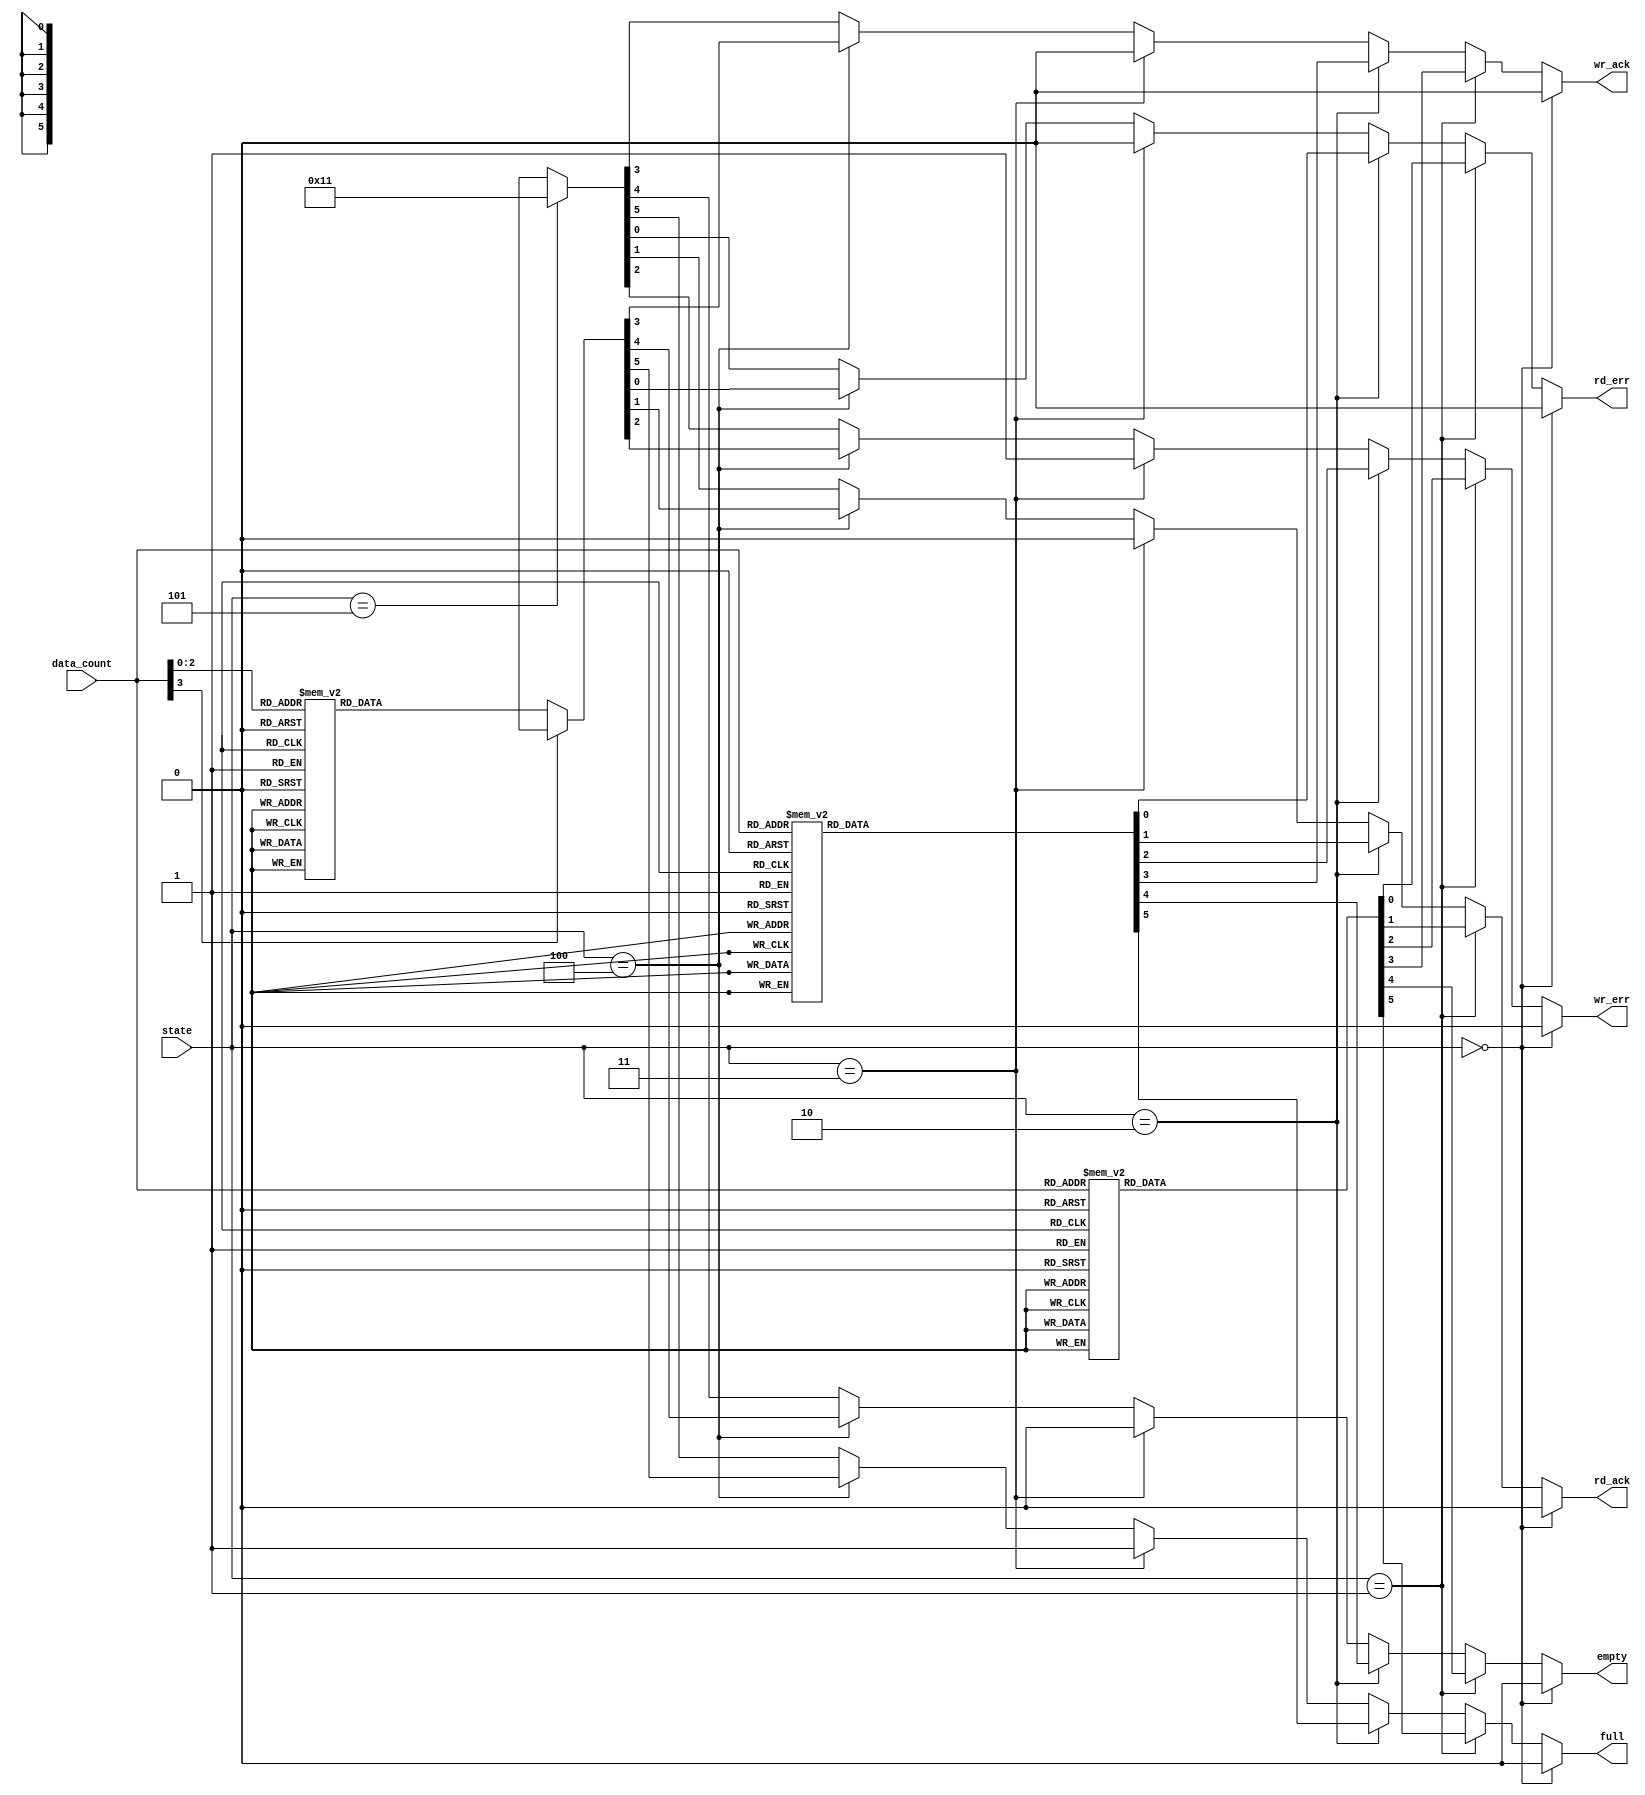
module fifo_out(state, data_count, full, empty, wr_ack, wr_err, rd_ack, rd_err);
	input[2:0] state;
	input[3:0] data_count;
	output reg full, empty, wr_ack, wr_err, rd_ack, rd_err;
	
	parameter INIT = 3'b000;
	parameter NO_OP = 3'b001;
	parameter WRITE = 3'b010;
	parameter WR_ERR = 3'b011;
	parameter READ = 3'b100;
	parameter RD_ERR = 3'b101;
	
	always @ (state, data_count)
		begin
			if (state == INIT) {full, empty, wr_ack, wr_err, rd_ack, rd_err} = 6'b0_0_0_0_0_0;
			//when state was INIT(NONE)
			
			else if (state == NO_OP)
				case (data_count)
					(4'b0000) : {full, empty, wr_ack, wr_err, rd_ack, rd_err} = 6'b0_1_0_0_0_0;
					(4'b0001) : {full, empty, wr_ack, wr_err, rd_ack, rd_err} = 6'b0_0_0_0_0_0;
					(4'b0010) : {full, empty, wr_ack, wr_err, rd_ack, rd_err} = 6'b0_0_0_0_0_0;
					(4'b0011) : {full, empty, wr_ack, wr_err, rd_ack, rd_err} = 6'b0_0_0_0_0_0;
					(4'b0100) : {full, empty, wr_ack, wr_err, rd_ack, rd_err} = 6'b0_0_0_0_0_0;
					(4'b0101) : {full, empty, wr_ack, wr_err, rd_ack, rd_err} = 6'b0_0_0_0_0_0;
					(4'b0110) : {full, empty, wr_ack, wr_err, rd_ack, rd_err} = 6'b0_0_0_0_0_0;
					(4'b0111) : {full, empty, wr_ack, wr_err, rd_ack, rd_err} = 6'b0_0_0_0_0_0;
					(4'b1000) : {full, empty, wr_ack, wr_err, rd_ack, rd_err} = 6'b1_0_0_0_0_0;
					default : {full, empty, wr_ack, wr_err, rd_ack, rd_err} = 6'bx_x_x_x_x_x;
				endcase 
			//when state was NO_OP(NONE)
			
			else if (state == WRITE)
				case (data_count)
					(4'b0001) : {full, empty, wr_ack, wr_err, rd_ack, rd_err} = 6'b0_0_1_0_0_0;
					(4'b0010) : {full, empty, wr_ack, wr_err, rd_ack, rd_err} = 6'b0_0_1_0_0_0;
					(4'b0011) : {full, empty, wr_ack, wr_err, rd_ack, rd_err} = 6'b0_0_1_0_0_0;
					(4'b0100) : {full, empty, wr_ack, wr_err, rd_ack, rd_err} = 6'b0_0_1_0_0_0;
					(4'b0101) : {full, empty, wr_ack, wr_err, rd_ack, rd_err} = 6'b0_0_1_0_0_0;
					(4'b0110) : {full, empty, wr_ack, wr_err, rd_ack, rd_err} = 6'b0_0_1_0_0_0;
					(4'b0111) : {full, empty, wr_ack, wr_err, rd_ack, rd_err} = 6'b0_0_1_0_0_0;
					(4'b1000) : {full, empty, wr_ack, wr_err, rd_ack, rd_err} = 6'b1_0_1_0_0_0;
					default : {full, empty, wr_ack, wr_err, rd_ack, rd_err} = 6'bx_x_x_x_x_x;
				endcase
			//when state was WRITE
		
			else if (state == WR_ERR) {full, empty, wr_ack, wr_err, rd_ack, rd_err} = 6'b1_0_0_1_0_0;
			//when state was WR_ERR
			
			else if (state == READ)
				case (data_count)
					(4'b0000) : {full, empty, wr_ack, wr_err, rd_ack, rd_err} = 6'b0_1_0_0_1_0;
					(4'b0001) : {full, empty, wr_ack, wr_err, rd_ack, rd_err} = 6'b0_0_0_0_1_0;
					(4'b0010) : {full, empty, wr_ack, wr_err, rd_ack, rd_err} = 6'b0_0_0_0_1_0;
					(4'b0011) : {full, empty, wr_ack, wr_err, rd_ack, rd_err} = 6'b0_0_0_0_1_0;
					(4'b0100) : {full, empty, wr_ack, wr_err, rd_ack, rd_err} = 6'b0_0_0_0_1_0;
					(4'b0101) : {full, empty, wr_ack, wr_err, rd_ack, rd_err} = 6'b0_0_0_0_1_0;
					(4'b0110) : {full, empty, wr_ack, wr_err, rd_ack, rd_err} = 6'b0_0_0_0_1_0;
					(4'b0111) : {full, empty, wr_ack, wr_err, rd_ack, rd_err} = 6'b0_0_0_0_1_0;
					default : {full, empty, wr_ack, wr_err, rd_ack, rd_err} = 6'bx_x_x_x_x_x;
				endcase
			//when state was READ
		
			else if (state == RD_ERR) {full, empty, wr_ack, wr_err, rd_ack, rd_err} = 6'b0_1_0_0_0_1;
			//when state was RD_ERR
			
			else {full, empty, wr_ack, wr_err, rd_ack, rd_err} = 6'bx_x_x_x_x_x;
			
			/*
			if ({state,data_count} == {WRITE,4'b0001}) {full, empty, wr_ack, wr_err, rd_ack, rd_err} = 6'b0_0_1_0_0_0;
			else if ({state,data_count} == {WRITE,4'b0010}) {full, empty, wr_ack, wr_err, rd_ack, rd_err} = 6'b0_0_1_0_0_0;
			else if ({state,data_count} == {WRITE,4'b0011}) {full, empty, wr_ack, wr_err, rd_ack, rd_err} = 6'b0_0_1_0_0_0;
			else if ({state,data_count} == {WRITE,4'b0100}) {full, empty, wr_ack, wr_err, rd_ack, rd_err} = 6'b0_0_1_0_0_0;
			else if ({state,data_count} == {WRITE,4'b0101}) {full, empty, wr_ack, wr_err, rd_ack, rd_err} = 6'b0_0_1_0_0_0;
			else if ({state,data_count} == {WRITE,4'b0110}) {full, empty, wr_ack, wr_err, rd_ack, rd_err} = 6'b0_0_1_0_0_0;
			else if ({state,data_count} == {WRITE,4'b0111}) {full, empty, wr_ack, wr_err, rd_ack, rd_err} = 6'b0_0_1_0_0_0;
			else if ({state,data_count} == {WRITE,4'b1000}) {full, empty, wr_ack, wr_err, rd_ack, rd_err} = 6'b1_0_1_0_0_0;
			//when state was WRITE
			
			if (state == WR_ERR) {full, empty, wr_ack, wr_err, rd_ack, rd_err} = 6'b1_0_0_1_0_0;
			//when state was WR_ERR
			
			if ({state,data_count} == {READ,4'b0000}) {full, empty, wr_ack, wr_err, rd_ack, rd_err} = 6'b0_1_0_0_1_0;
			else if ({state,data_count} == {READ,4'b0001}) {full, empty, wr_ack, wr_err, rd_ack, rd_err} = 6'b0_0_0_0_1_0;
			else if ({state,data_count} == {READ,4'b0010}) {full, empty, wr_ack, wr_err, rd_ack, rd_err} = 6'b0_0_0_0_1_0;
			else if ({state,data_count} == {READ,4'b0011}) {full, empty, wr_ack, wr_err, rd_ack, rd_err} = 6'b0_0_0_0_1_0;
			else if ({state,data_count} == {READ,4'b0100}) {full, empty, wr_ack, wr_err, rd_ack, rd_err} = 6'b0_0_0_0_1_0;
			else if ({state,data_count} == {READ,4'b0101}) {full, empty, wr_ack, wr_err, rd_ack, rd_err} = 6'b0_0_0_0_1_0;
			else if ({state,data_count} == {READ,4'b0110}) {full, empty, wr_ack, wr_err, rd_ack, rd_err} = 6'b0_0_0_0_1_0;
			else if ({state,data_count} == {READ,4'b0111}) {full, empty, wr_ack, wr_err, rd_ack, rd_err} = 6'b0_0_0_0_1_0;
			//when state was READ
			
			if (state == RD_ERR) {full, empty, wr_ack, wr_err, rd_ack, rd_err} = 6'b0_1_0_0_0_1;
			//when state was RD_ERR
			*/
		end
endmodule